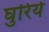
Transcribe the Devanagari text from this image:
घुरिये